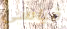
قياسي